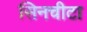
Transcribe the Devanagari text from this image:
सिनचीटा